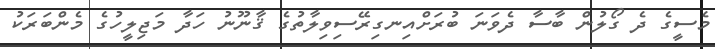
މެސީގެ ދެ ގޯލުން ބާސާ ދެވަނަ ބުރަށްއިނގިރޭސިވިލާތުގެ ޤާނޫނު ހަދާ މަޖިލީހުގެ މެންބަރަކު